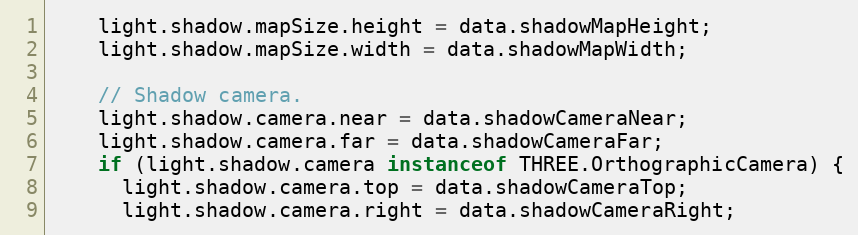
Language: JavaScript
    light.shadow.mapSize.height = data.shadowMapHeight;
    light.shadow.mapSize.width = data.shadowMapWidth;

    // Shadow camera.
    light.shadow.camera.near = data.shadowCameraNear;
    light.shadow.camera.far = data.shadowCameraFar;
    if (light.shadow.camera instanceof THREE.OrthographicCamera) {
      light.shadow.camera.top = data.shadowCameraTop;
      light.shadow.camera.right = data.shadowCameraRight;